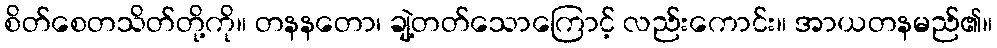
စိတ်စေတသိတ်တို့ကို။ တနနတော၊ ချဲ့တတ်သောကြောင့် လည်းကောင်း။ အာယတနမည်၏။